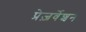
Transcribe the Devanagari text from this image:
प्रेज़र्वेशन